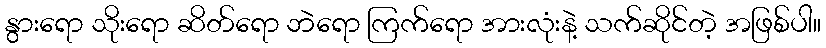
နွားရော သိုးရော ဆိတ်ရော ဘဲရော ကြက်ရော အားလုံးနဲ့ သက်ဆိုင်တဲ့ အဖြစ်ပါ။